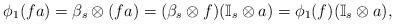
LaTeX: \begin{align*}\phi_{1}(fa)=\beta_{s}\otimes (f a) = (\beta_{s} \otimes f)(\mathbb{I}_{s} \otimes a)=\phi_{1}(f)(\mathbb{I}_{s} \otimes a),\end{align*}